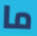
ما